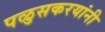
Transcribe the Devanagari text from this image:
पळुसकरयांनी